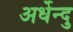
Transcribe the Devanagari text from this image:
अर्धेन्दु